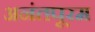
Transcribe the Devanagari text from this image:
अनंतपूरम